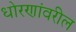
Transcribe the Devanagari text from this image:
धोरणांवरील